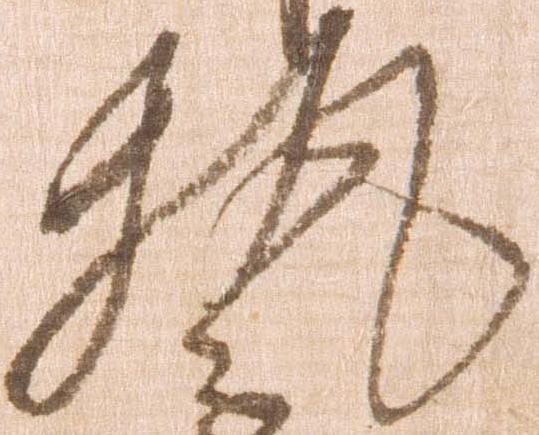
執